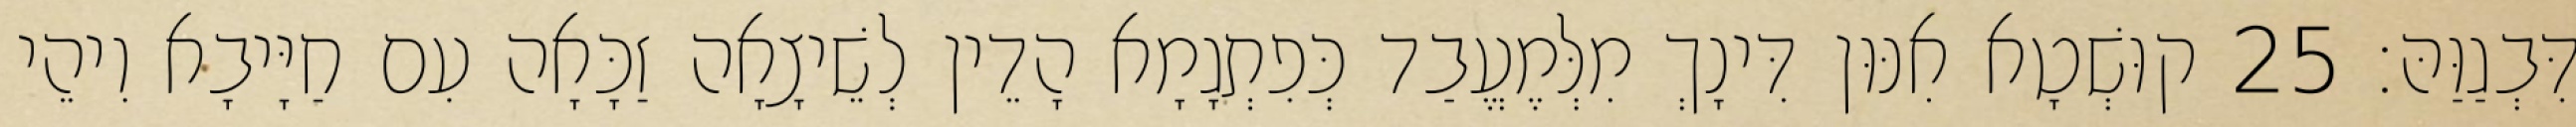
דִּבְגַוַּהּ׃ 25 קוּשְׁטָא אִנּוּן דִּינָךְ מִלְּמֶעֱבַד כְּפִתְגָמָא הָדֵין לְשֵׁיצָאָה זַכָּאָה עִם חַיָּיבָא וִיהֵי